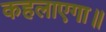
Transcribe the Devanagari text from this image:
कहलाएगा॥